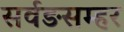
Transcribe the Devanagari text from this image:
सर्वङसम्हर